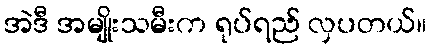
အဲဒီ အမျိုးသမီးက ရုပ်ရည် လှပတယ်။